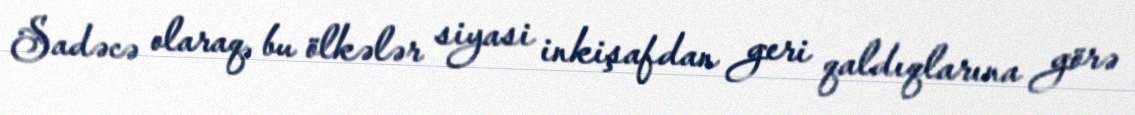
Sadəcə olaraq, bu ölkələr siyasi inkişafdan geri qaldıqlarına görə